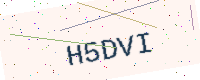
Text: H5DVI